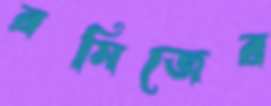
রমিজের